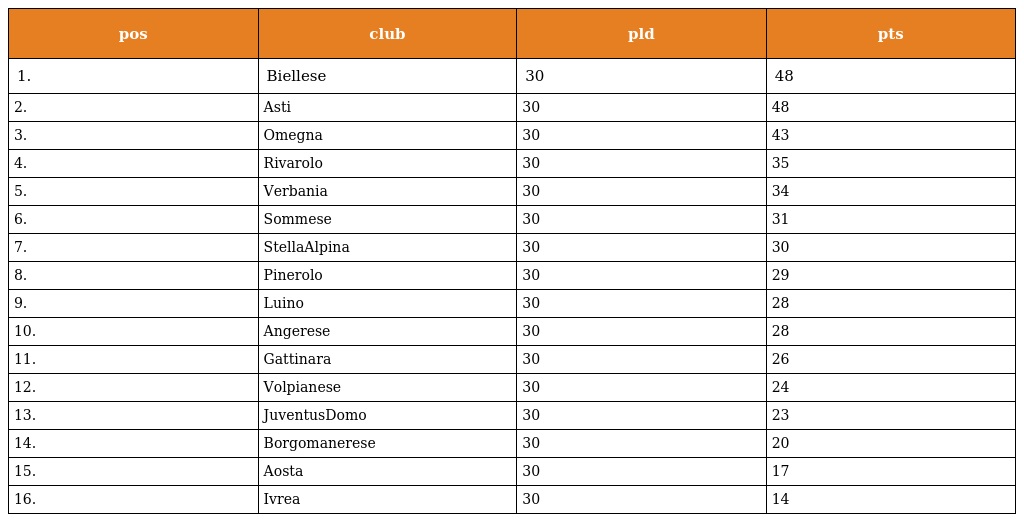
| pos | club | pld | pts |
 | --- | --- | --- | --- |
 | 1. | Biellese | 30 | 48 |
 | 2. | Asti | 30 | 48 |
 | 3. | Omegna | 30 | 43 |
 | 4. | Rivarolo | 30 | 35 |
 | 5. | Verbania | 30 | 34 |
 | 6. | Sommese | 30 | 31 |
 | 7. | StellaAlpina | 30 | 30 |
 | 8. | Pinerolo | 30 | 29 |
 | 9. | Luino | 30 | 28 |
 | 10. | Angerese | 30 | 28 |
 | 11. | Gattinara | 30 | 26 |
 | 12. | Volpianese | 30 | 24 |
 | 13. | JuventusDomo | 30 | 23 |
 | 14. | Borgomanerese | 30 | 20 |
 | 15. | Aosta | 30 | 17 |
 | 16. | Ivrea | 30 | 14 |